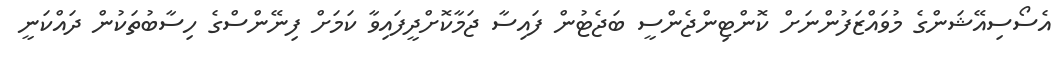
އެސޯސިއޭޝަންގެ މުވައްޒަފުންނަށް ކޮންޓިންޖެންސީ ބަޖެޓުން ފައިސާ ޖަމާކޮށްދީފައިވާ ކަމަށް ފިނޭންސްގެ ހިސާބުތަކުން ދައްކަނީ